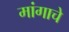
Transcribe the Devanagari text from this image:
मांगाचे